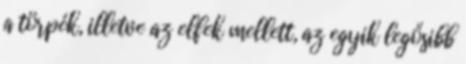
a törpék, illetve az elfek mellett, az egyik legősibb